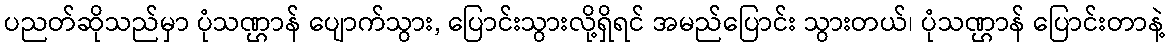
ပညတ်ဆိုသည်မှာ ပုံသဏ္ဌာန် ပျောက်သွား, ပြောင်းသွားလို့ရှိရင် အမည်ပြောင်း သွားတယ်၊ ပုံသဏ္ဌာန် ပြောင်းတာနဲ့